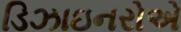
ડિઝાઇનરોએ